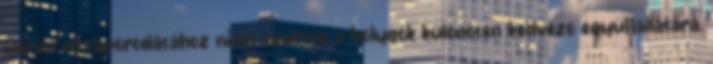
mérvű elszaporodásához nincs szükség a bolygók különösen kedvező együttállására,